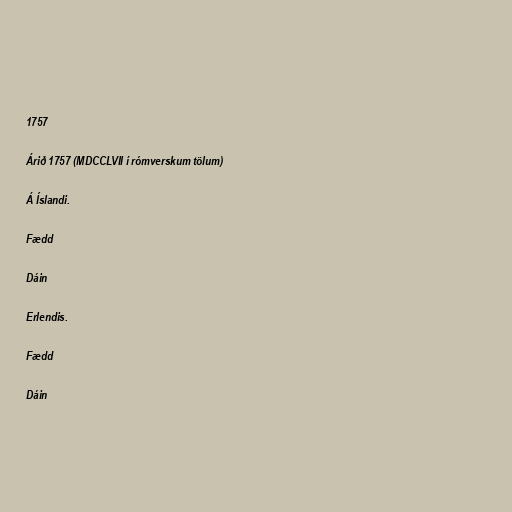
1757

Árið 1757 (MDCCLVII í rómverskum tölum)

Á Íslandi.

Fædd

Dáin

Erlendis.

Fædd

Dáin